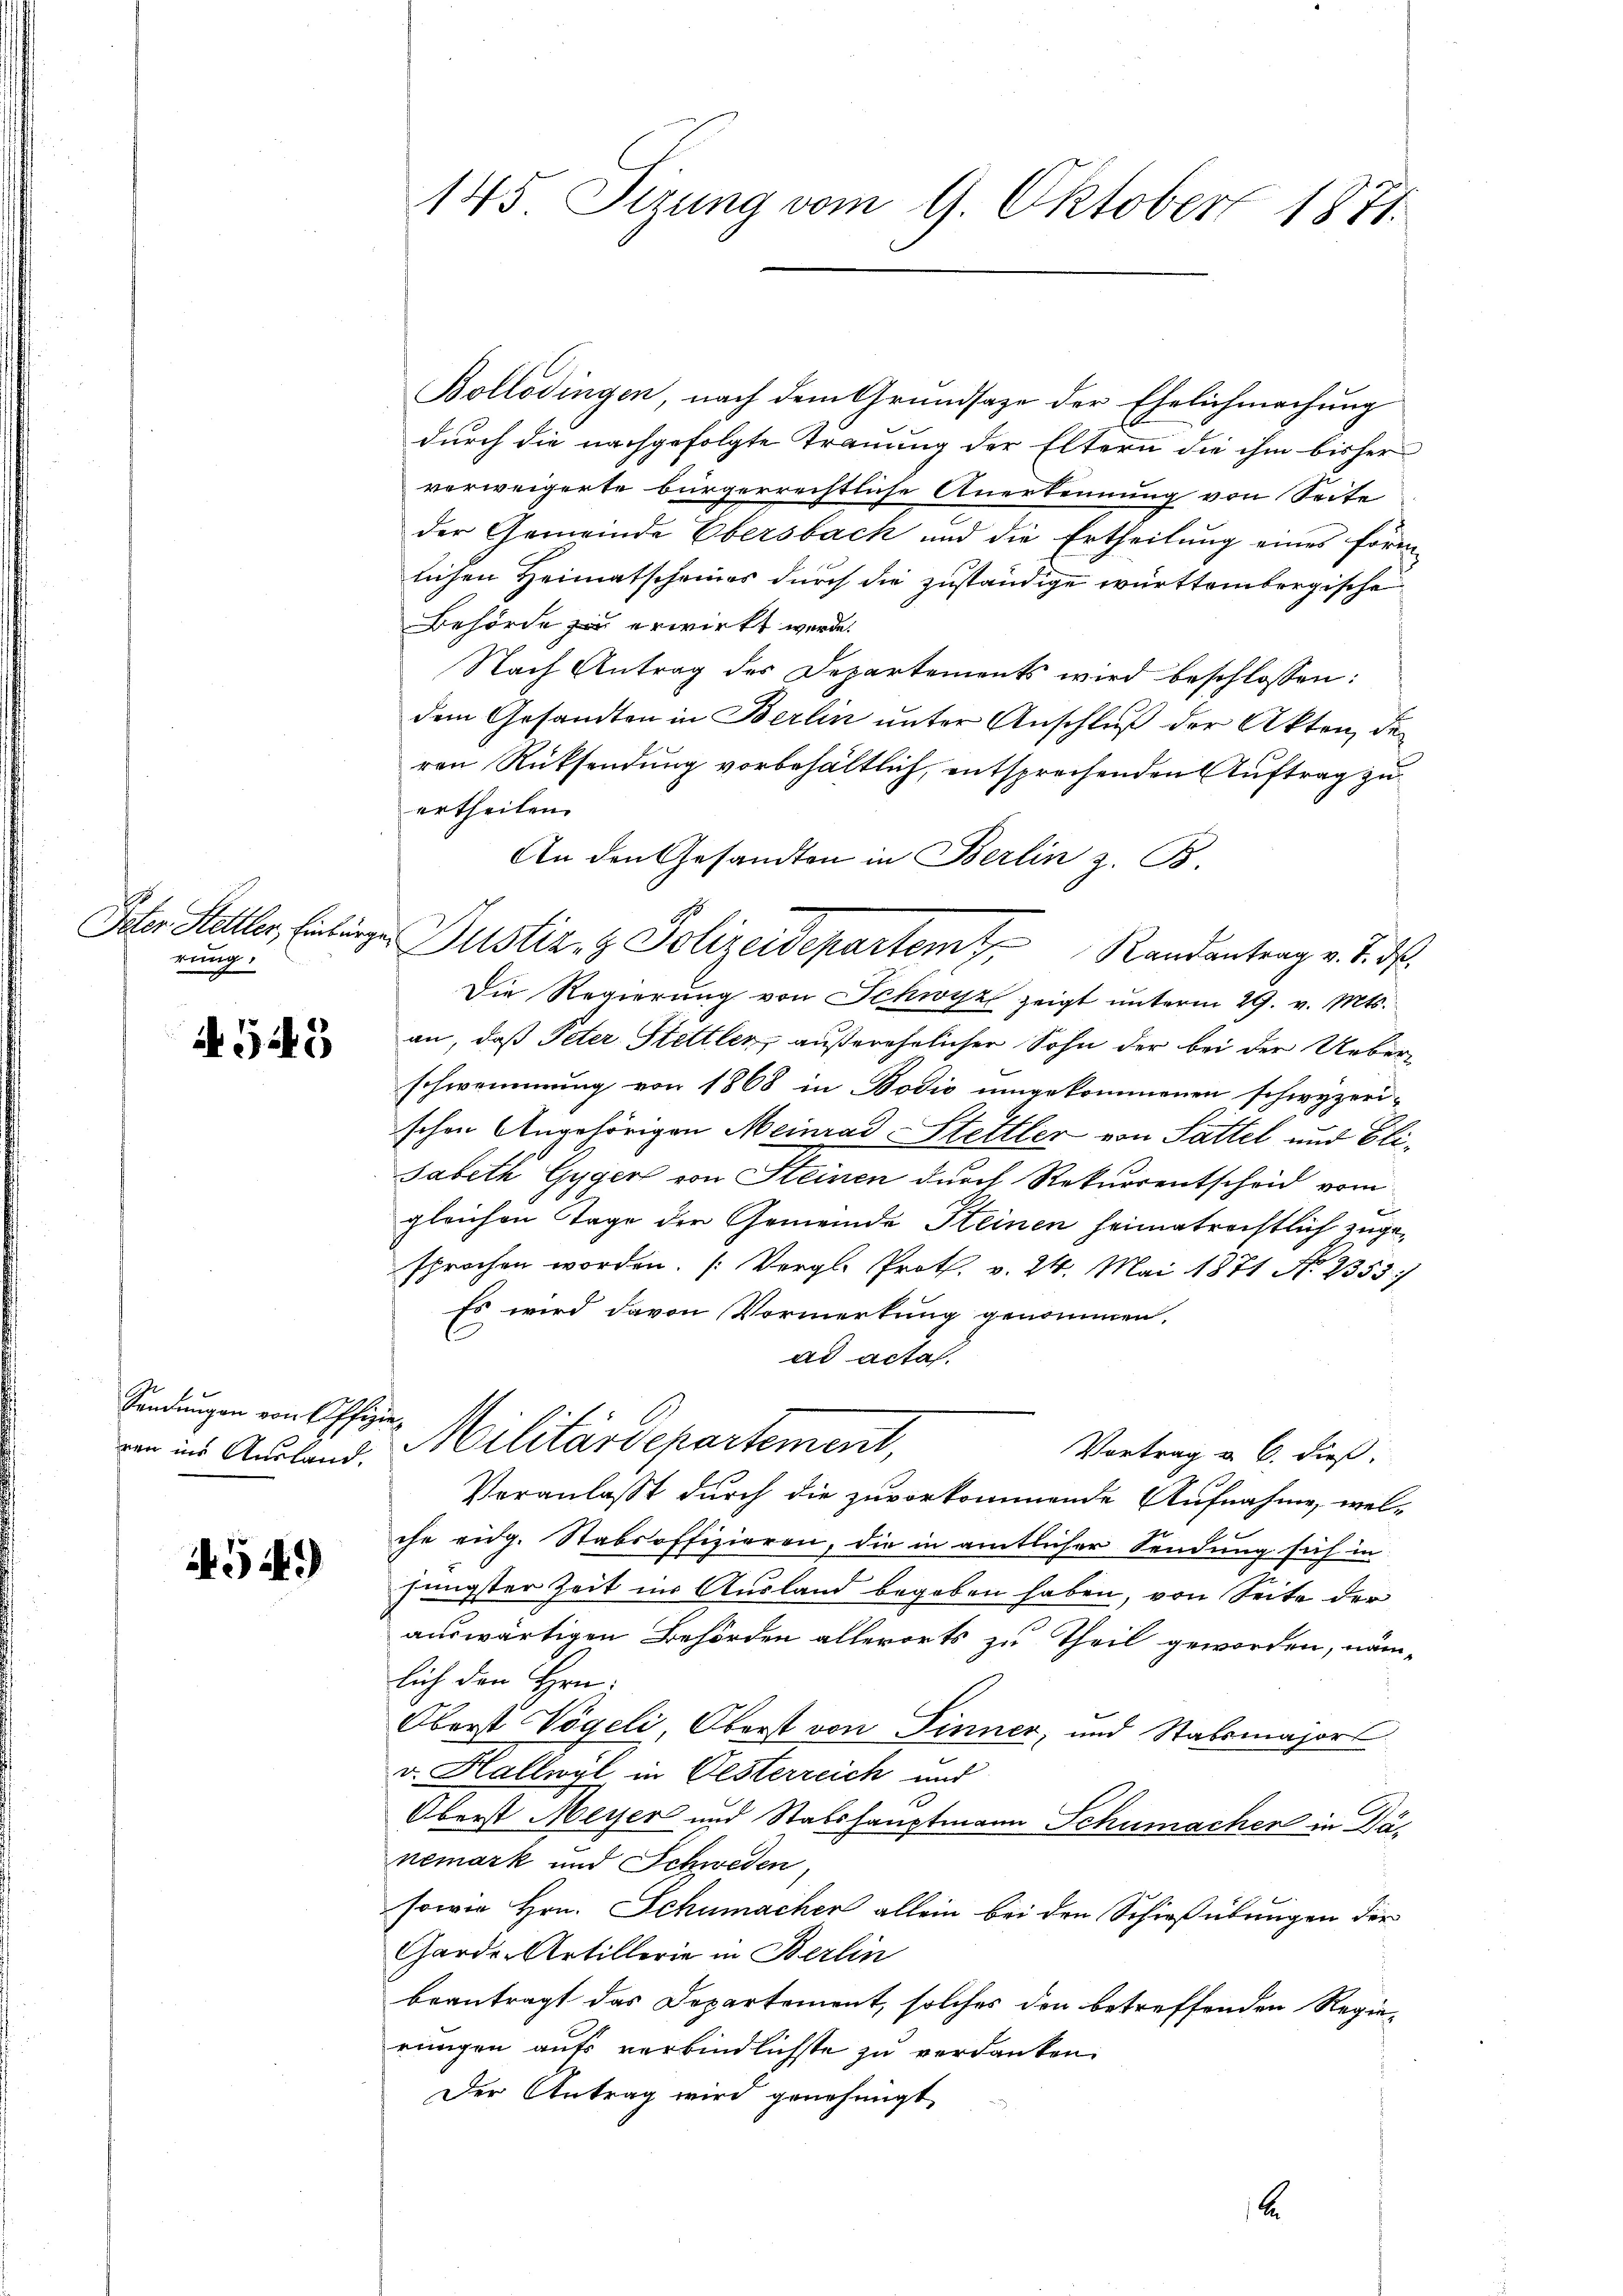
rung.

N 549

Sendungen von Offizie
ren ins Ausland.

4.5.)

145. Sizung vom 9. Oktobert 1871.

Bollödingen, nach dem Grundsaze der Ehelichmachung
durch die nachgefolgte Trauung der Eltern die ihm bisher
verweigerte bürgerrechtliche Anerkennung von Seite
der Gemeinde Obersback und die Ertheilung eines förmlichen Heimatscheines durch die zuständige württembergische
Behörde zu erwirkt werde.
Nach Antrag des Departements wird beschlossen:
dem Gesandten in Berlin unter Anschluß der Akten, der
ren Rücksendung vorbehältlich, entsprechenden Auftrag zu
ertheilen.
An den Gesandten in Berlin z. B.
Ieten Steller, Einbürger Justiz- & Polizeidepartem Randantrag v. J. ds.
Die Regierung von Schwyz zeigt unterm 29. v. Mts.
an, daß Peter Stettler, außerehelicher Sohn der bei der Ueberschwemmung von 1868 in Bodić umgekommenen schwyzeri-
schen Angehörigen Meinrad Stettler von Sattel und Elisabeth Gyger von Steinen durch Rekurrentscheid vom
2
gleichen Tage der Gemeinde Steinen heimatrechtlich zugesprochen worden. (Vergl. Prot. v. 24. Mai 1871 No 2353/
Es wird davon Vormerkung genommen.
ad acta.
Militärdepartement,
Vortrag v. 6. dieß.
Veranlasst durch die zuvorkommende Aufnahme, wel-
che eidg. Stabsoffizieren, die in amtlicher Sendung sich in
jüngster Zeit ins Ausland begeben haben, von Seite der
auswärtigen Behörden allerorts zu Theil geworden, nämlich den Hrn.
Oberst Vögeli, Oberst von Finner, und Stabsmajors
v. Hallwyl in Oesterreich und
Oberst Meyer und Stabshauptmann Schumacher in Dänemark und Schweden,
sowie Hrn. Schumacher allein bei den Schießübungen der
Garde-Artillerie in Berlin
beantragt das Departement, solches den betreffenden Regierungen guts verbindlichste zu verdanken.
Der Antrag wird genehmigt.

A